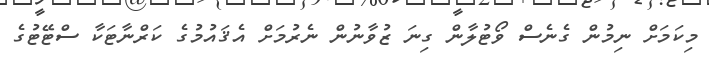
މިކަމަށް ނިމުން ގެނެސް ވޯޓުލާން ގިނަ ޒުވާނުން ނެރުމަށް އެޤައުމުގެ ކަރްނާޓަކާ ސްޓޭޓުގެ